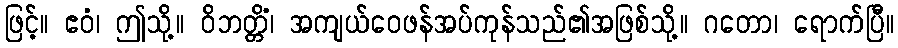
ဖြင့်။ ဧဝံ၊ ဤသို့။ ဝိဘတ္တိံ၊ အကျယ်ဝေဖန်အပ်ကုန်သည်၏အဖြစ်သို့။ ဂတော၊ ရောက်ပြီ။